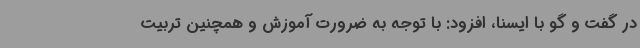
در گفت و گو با ایسنا، افزود: با توجه به ضرورت آموزش و همچنین تربیت